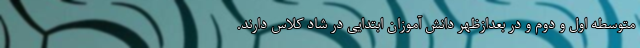
متوسطه اول و دوم و در بعدازظهر دانش آموزان ابتدایی در شاد کلاس دارند.